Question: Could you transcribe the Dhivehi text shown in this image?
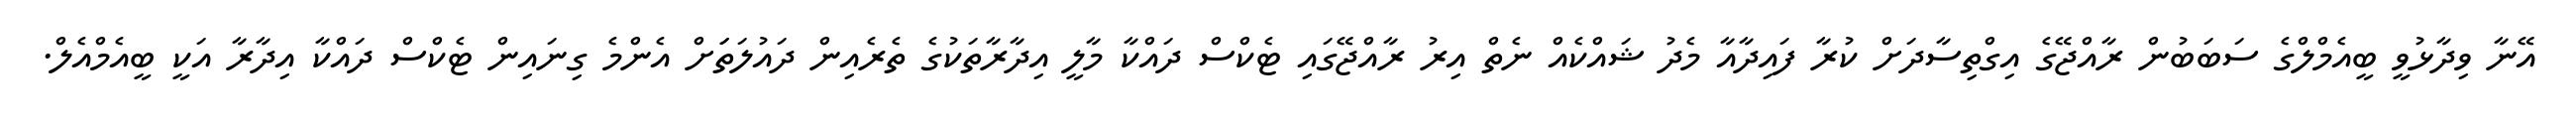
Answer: އޭނާ ވިދާޅުވީ ބީއެމްލްގެ ސަބަބުން ރާއްޖޭގެ އިގްތިސާދަށް ކުރާ ފައިދާއާ މެދު ޝައްކެއް ނެތް އިރު ރާއްޖޭގައި ޓެކްސް ދައްކާ މާލީ އިދާރާތަކުގެ ތެރެއިން ދައުލަތަަށް އެންމެ ގިނައިން ޓެކްސް ދައްކާ އިދާރާ އަކީ ބީއެމްއެލް.